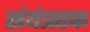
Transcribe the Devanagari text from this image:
संयंत्रएक